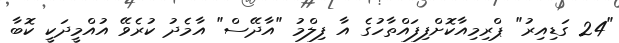
"24 ގަޑިއިރު" ޕްރިމިއާކޮށްފިފައްތާހުގެ އާ ފިލްމު "އާދޭސް" އާމެދު ކުރެވޭ އުއްމީދަކީ ކޮބާ